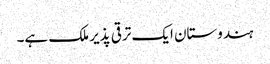
ہندوستان ایک ترقی پذیر ملک ہے۔